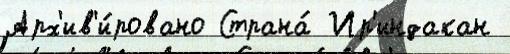
Арх'ив'и́ровано Страна́ Ир'индакан